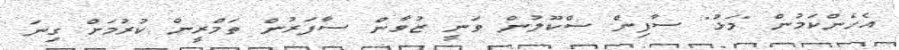
އެހެންކަމުން "މަޅު" ސާފިން ސްކޫލުން ވަނީ ޒުވާން ސާފަރުން ތަމްރީން ކުރުމަށް ގިނަ